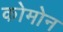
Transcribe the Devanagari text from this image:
कोमोन